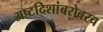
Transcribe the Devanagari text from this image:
अष्टदिशांबरोबरच